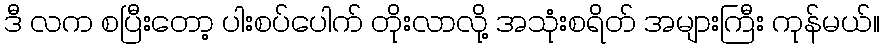
ဒီ လက စပြီးတော့ ပါးစပ်ပေါက် တိုးလာလို့ အသုံးစရိတ် အများကြီး ကုန်မယ်။